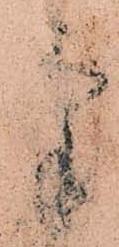
氣